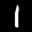
Label: 1